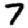
Digit: 7